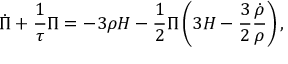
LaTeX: \dot { \Pi } + \frac 1 { \tau } \Pi = - 3 \rho H - \frac 1 2 \Pi \left( 3 H - \frac 3 2 \frac { \dot { \rho } } { \rho } \right) ,